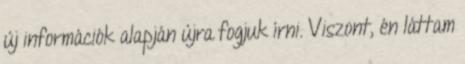
új információk alapján újra fogjuk írni. Viszont, én láttam